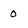
Character: 0